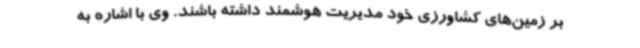
بر زمین‌های کشاورزی خود مدیریت هوشمند داشته باشند. وی با اشاره به